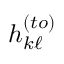
h _ { k \ell } ^ { ( t o ) }